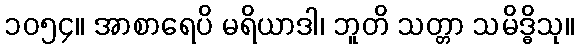
၁၀၅၄။ အာစာရေပိ မရိယာဒါ၊ ဘူတိ သတ္တာ သမိဒ္ဓိသု။